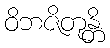
ဝိဘဇိတုန္တိ